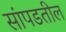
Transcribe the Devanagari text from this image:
सांपडतील